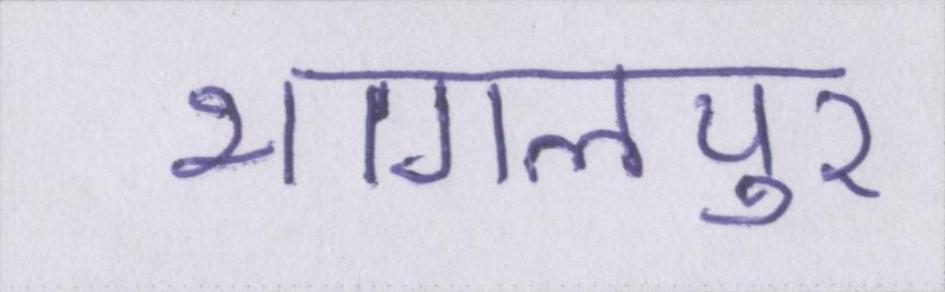
भागलपुर